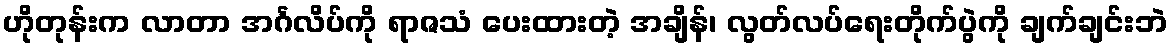
ဟိုတုန်းက လာတာ အင်္ဂလိပ်ကို ရာဇသံ ပေးထားတဲ့ အချိန်၊ လွတ်လပ်ရေးတိုက်ပွဲကို ချက်ချင်းဘဲ